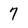
Character: 7